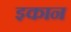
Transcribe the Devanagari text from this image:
इकान